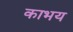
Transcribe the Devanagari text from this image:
काभय